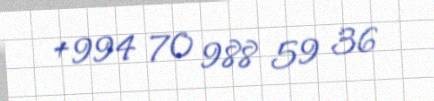
+994 70 988 59 36